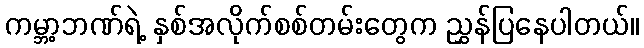
ကမ္ဘာ့ဘဏ်ရဲ့ နှစ်အလိုက်စစ်တမ်းတွေက ညွှန်ပြနေပါတယ်။